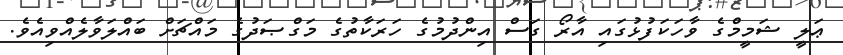
ޢަލީ ޝަމީމްގެ ވާހަކަފުޅުގައި އާރޯ ގަސް އިންދުމުގެ ހަރަކާތުގެ މަގްޞަދުގެ މައްޗަށް ބައްލަވާލެއްވިއެވެ.